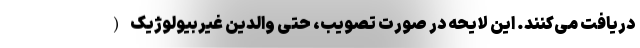
دریافت می‌کنند. این لایحه در صورت تصویب، حتی والدین غیربیولوژیک (